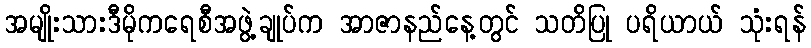
အမျိုးသားဒီမိုကရေစီအဖွဲ့ချုပ်က အာဇာနည်နေ့တွင် သတိပြု ပရိယာယ် သုံးရန်